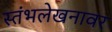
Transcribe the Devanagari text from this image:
स्तंभलेखनावर